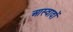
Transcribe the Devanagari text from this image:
आस्वादों